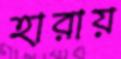
হারায়